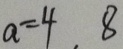
a = 4 . 8